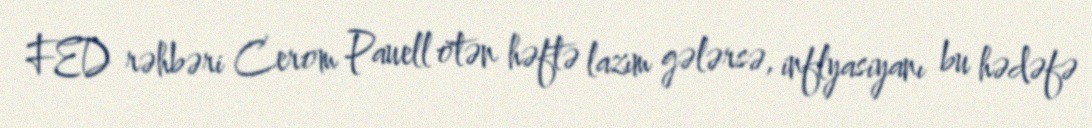
FED rəhbəri Cerom Pauell ötən həftə lazım gələrsə, inflyasiyanı bu hədəfə